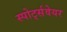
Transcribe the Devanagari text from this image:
स्पोर्ट्सवेयर